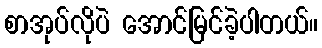
စာအုပ်လိုပဲ အောင်မြင်ခဲ့ပါတယ်။